Vaccination in the Punjab 1897-1904 - 1897-1904
Year: 1897
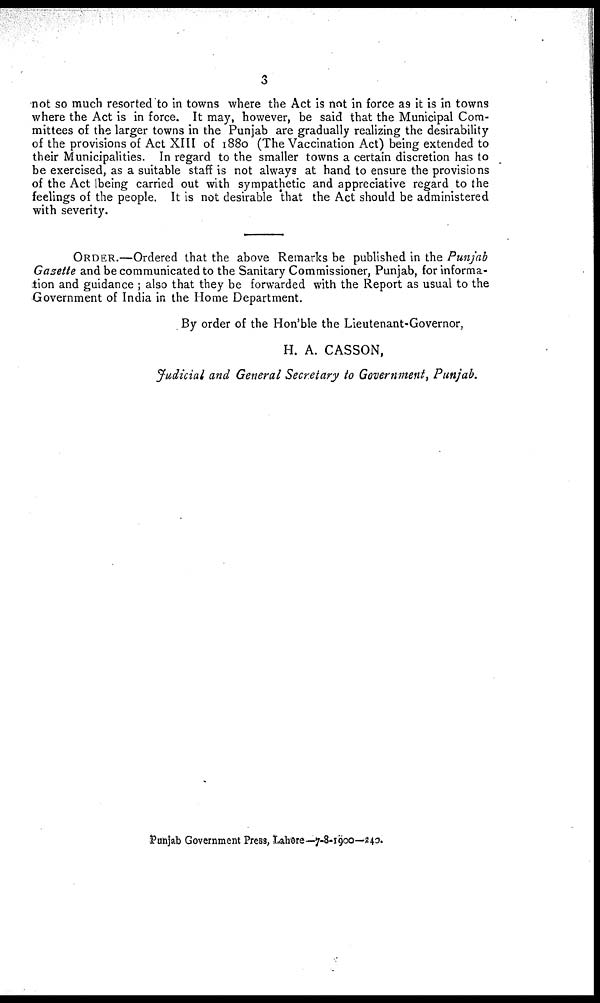
3
not so much resorted to in towns where the Act is not in force as it is in towns
where the Act is in force. It may, however, be said that the Municipal Com-
mittees of the larger towns in the Punjab are gradually realizing the desirability
of the provisions of Act XIII of 1880 (The Vaccination Act) being extended to
their Municipalities. In regard to the smaller towns a certain discretion has to
be exercised, as a suitable staff is not always at hand to ensure the provisions
of the Act (being carried out with sympathetic and appreciative regard to the
feelings of the people. It is not desirable that the Act should be administered
with severity.
ORDER.—Ordered that the above Remarks be published in the Punjab
Gazette and be communicated to the Sanitary Commissioner, Punjab, for informa-
tion and guidance ; also that they be forwarded with the Report as usual to the
Government of India in the Home Department.
By order of the Hon'ble the Lieutenant-Governor,
H. A. CASSON,
Judicial and General Secretary to Government, Punjab.
Punjab Government Press, Lahore— 7-8-1900—240.